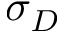
\sigma _ { D }